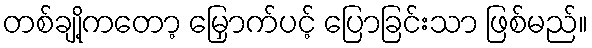
တစ်ချို့ကတော့ မြှောက်ပင့် ပြောခြင်းသာ ဖြစ်မည်။